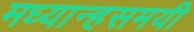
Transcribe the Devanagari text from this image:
मध्यान्हसमयी